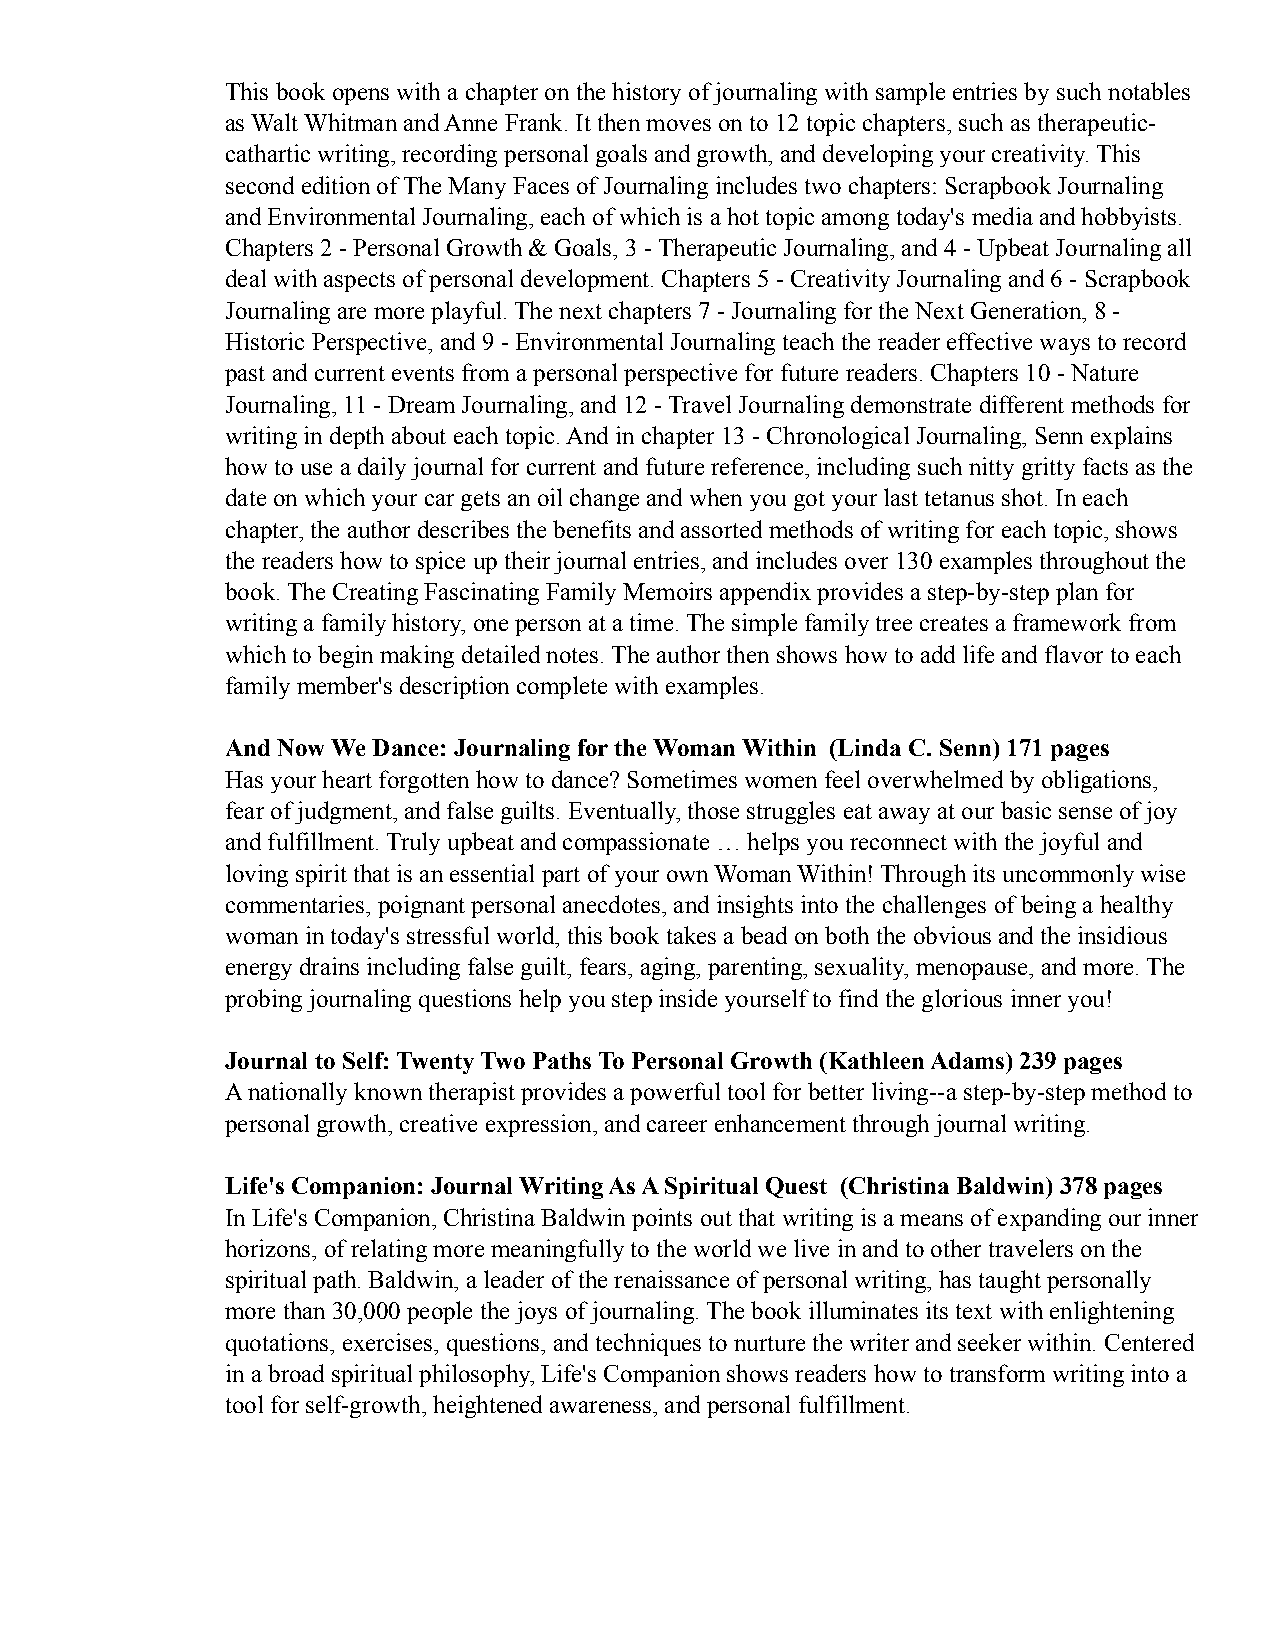
This book opens with a chapter on the history of journaling with sample entries by such notables
 as Walt Whitman and Anne Frank. It then moves on to 12 topic chapters, such as therapeutic-
 cathartic writing, recording personal goals and growth, and developing your creativity. This
 second edition of The Many Faces of Journaling includes two chapters: Scrapbook Journaling
 and Environmental Journaling, each of which is a hot topic among today's media and hobbyists.
 Chapters 2 - Personal Growth & Goals, 3 - Therapeutic Journaling, and 4 - Upbeat Journaling all
 deal with aspects of personal development. Chapters 5 - Creativity Journaling and 6 - Scrapbook
 Journaling are more playful. The next chapters 7 - Journaling for the Next Generation, 8 -
 Historic Perspective, and 9 - Environmental Journaling teach the reader effective ways to record
 past and current events from a personal perspective for future readers. Chapters 10 - Nature
 Journaling, 11 - Dream Journaling, and 12 - Travel Journaling demonstrate different methods for
 writing in depth about each topic. And in chapter 13 - Chronological Journaling, Senn explains
 how to use a daily journal for current and future reference, including such nitty gritty facts as the
 date on which your car gets an oil change and when you got your last tetanus shot. In each
 chapter, the author describes the benefits and assorted methods of writing for each topic, shows
 the readers how to spice up their journal entries, and includes over 130 examples throughout the
 book. The Creating Fascinating Family Memoirs appendix provides a step-by-step plan for
 writing a family history, one person at a time. The simple family tree creates a framework from
 which to begin making detailed notes. The author then shows how to add life and flavor to each
 family member's description complete with examples.
 And Now We Dance: Journaling for the Woman Within (Linda C. Senn) 171 pages
 Has your heart forgotten how to dance? Sometimes women feel overwhelmed by obligations,
 fear of judgment, and false guilts. Eventually, those struggles eat away at our basic sense of joy
 and fulfillment. Truly upbeat and compassionate … helps you reconnect with the joyful and
 loving spirit that is an essential part of your own Woman Within! Through its uncommonly wise
 commentaries, poignant personal anecdotes, and insights into the challenges of being a healthy
 woman in today's stressful world, this book takes a bead on both the obvious and the insidious
 energy drains including false guilt, fears, aging, parenting, sexuality, menopause, and more. The
 probing journaling questions help you step inside yourself to find the glorious inner you!
 Journal to Self: Twenty Two Paths To Personal Growth (Kathleen Adams) 239 pages
 A nationally known therapist provides a powerful tool for better living--a step-by-step method to
 personal growth, creative expression, and career enhancement through journal writing.
 Life's Companion: Journal Writing As A Spiritual Quest (Christina Baldwin) 378 pages
 In Life's Companion, Christina Baldwin points out that writing is a means of expanding our inner
 horizons, of relating more meaningfully to the world we live in and to other travelers on the
 spiritual path. Baldwin, a leader of the renaissance of personal writing, has taught personally
 more than 30,000 people the joys of journaling. The book illuminates its text with enlightening
 quotations, exercises, questions, and techniques to nurture the writer and seeker within. Centered
 in a broad spiritual philosophy, Life's Companion shows readers how to transform writing into a
 tool for self-growth, heightened awareness, and personal fulfillment.